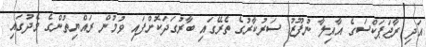
އަދި ރާޖަޕަކްސަގެ އާއިލާ ނުފޫޒު ސަރުކާރުގެ ތެރޭގައި ބާރުގަދަކޮށްފައި ވުމުން ރައްޔިތުންގެ މެދުގައި